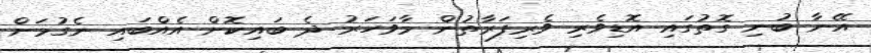
އޭނާ ބުނި ގޮތުގައި އޮޑިވެރި ވެރިފަރާތުން މާވަހަރު ދެ ބައިކޮށް އެއްބައި ނެގުމަށް